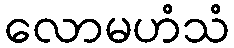
လောမဟံသံ